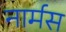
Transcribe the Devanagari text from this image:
नार्मस